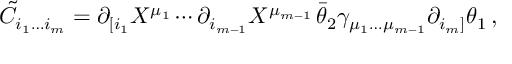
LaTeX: \tilde { C } _ { i _ { 1 } \ldots i _ { m } } = \partial _ { [ i _ { 1 } } X ^ { \mu _ { 1 } } \cdots \partial _ { i _ { m - 1 } } X ^ { \mu _ { m - 1 } } \, \bar { \theta } _ { 2 } \gamma _ { \mu _ { 1 } \ldots \mu _ { m - 1 } } \partial _ { i _ { m } ] } \theta _ { 1 } \, ,